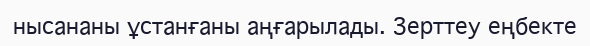
нысананы ұстанғаны аңғарылады. Зерттеу еңбекте